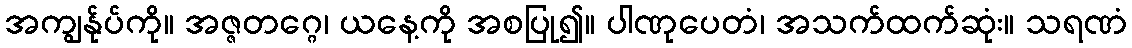
အကျွန်ုပ်ကို။ အဇ္ဇတဂ္ဂေ၊ ယနေ့ကို အစပြု၍။ ပါဏုပေတံ၊ အသက်ထက်ဆုံး။ သရဏံ